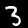
Label: 3